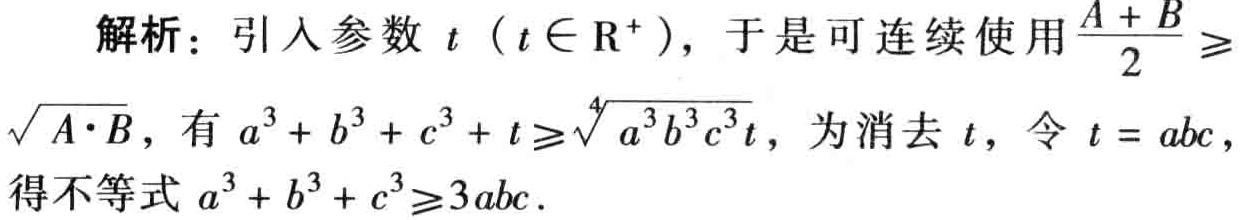
解析：引入参数 \(t\)（\(t\in \mathrm{R}^{+}\)），于是可连续使用\(\frac{A + B}{2} \geq \sqrt{A\cdot B}\)，有 \(a^{3}+b^{3}+c^{3}+t\geq\sqrt[4]{a^{3}b^{3}c^{3}t}\)，为消去 \(t\)，令 \(t = abc\)，得不等式 \(a^{3}+b^{3}+c^{3}\geq3abc\).